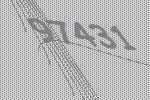
97431